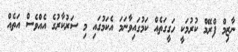
ނާޒިމް ފްރޭމް ކުރުމަކީ ހަގީގަތެއް ކަމުގައިވާނަމަ އެކަމުގައި މި ސަރުކާރުގެ އެއްވެސް އަތެއް